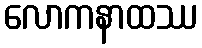
လောကနာထဿ